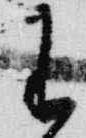
王